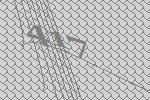
417